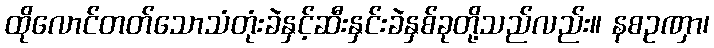
ထိုလောင်တတ်သောသံတုံးခဲနှင့်ဆီးနှင်းခဲနှစ်ခုတို့သည်လည်း။ နစဥဏှာ၊